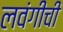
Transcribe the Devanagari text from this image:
लवंगीची